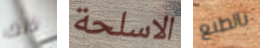
ذلك الاسلحة بالطبع